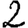
Digit: 2